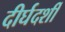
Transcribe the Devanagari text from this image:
दीर्घदर्शी